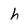
Character: h